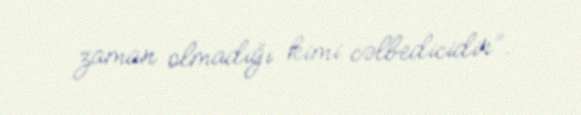
zaman olmadığı kimi cəlbedicidir”.